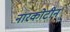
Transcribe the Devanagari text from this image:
नारकोटीन